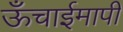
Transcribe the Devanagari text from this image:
ऊँचाईमापी